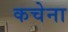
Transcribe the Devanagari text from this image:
कचेना